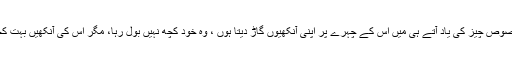
اور پھر اس مخصوص چیز کی یاد آتے ہی میں اس کے چہرے پر اپنی آنکھیوں گاڑ دیتا ہوں ، وہ خود کچھ نہیں بول رہا، مگر اس کی آنکھیں بہت کچھ بول رہی ہیں۔